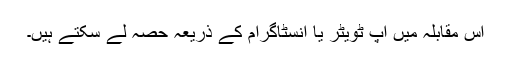
اس مقابلہ میں آپ ٹویٹر یا انسٹاگرام کے ذریعہ حصہ لے سکتے ہیں۔